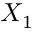
X _ { 1 }